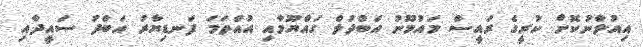
އިއުލާނުކޮށް ކުރީގެ ރައީސް މައުމޫނު އަބްދުލް ގައްޔޫމާއި އުއްތަމަ ފަނޑިޔާރު އަބްދު ސައީދާއި